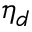
\eta _ { d }